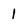
Character: 1